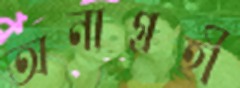
অনাগ্রহী